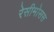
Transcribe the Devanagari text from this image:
रेसीमोसस